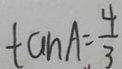
\tan A = \frac { 4 } { 3 }